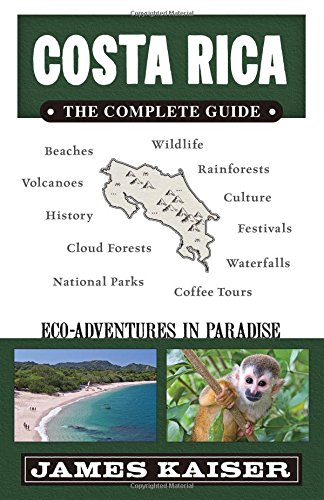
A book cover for Costa Rica: The Complete Guide, Eco-Adventures in Paradise; James Kaiser; Sports & Outdoors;